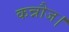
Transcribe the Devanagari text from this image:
कन्नौज।